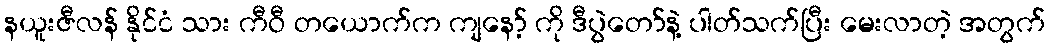
နယူးဇီလန် နိုင်ငံ သား ကီဝီ တယောက်က ကျနော့် ကို ဒီပွဲတော်နဲ့ ပါတ်သက်ပြီး မေးလာတဲ့ အတွက်